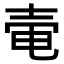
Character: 𡔩